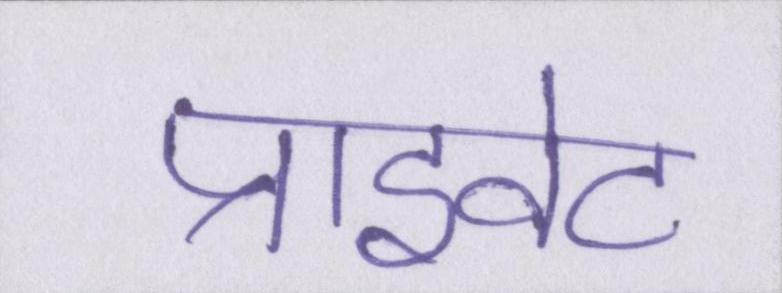
प्राइवेट